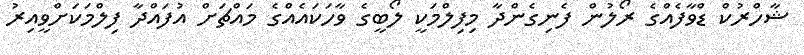
ޝާހްރުކް ޑްވާފެއްގެ ރޯލުން ފެނިގެންދާ މިފިލްމަކީ ލޯބީގެ ވާހަކައެއްގެ މައްޗަށް އުފައްދާ ފިލްމަކަށްވީއިރު